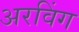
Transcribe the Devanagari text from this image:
अरविंग